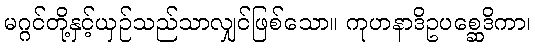
မဂ္ဂင်တို့နှင့်ယှဉ်သည်သာလျှင်ဖြစ်သော။ ကုဟနာဒိဥပစ္ဆေဒိကာ၊